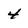
Character: 4